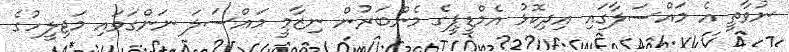
ނުވާތީ އެ މައްސަލާގައި އިދިކޮޅު އެމްޑީޕީގެ މެންބަރުން ނިޒާމީ މައްސަލަ ނަންގަވައި މަޖިލީހުގެ